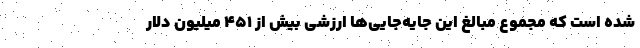
شده است که مجموع مبالغ این جایه‌جایی‌ها ارزشی بیش از ۴۵۱ میلیون دلار